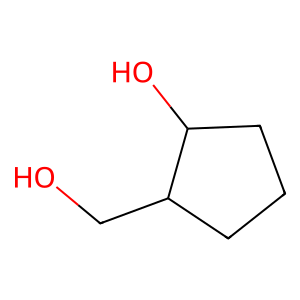
SMILES: OCC1CCCC1O
Inhibits HIV replication: No